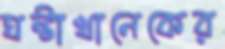
ঘন্টাখানেকের